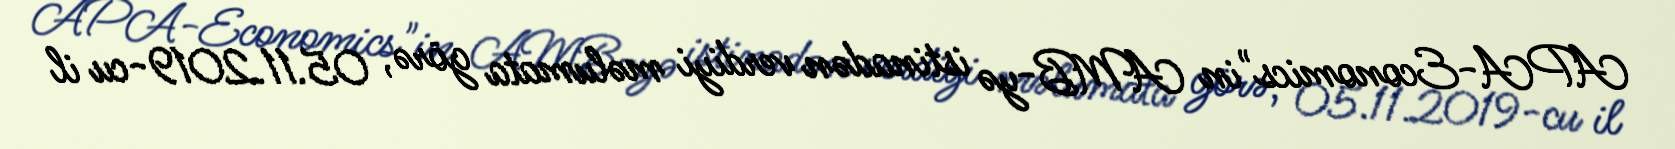
APA-Economics"in AMB-yə istinadən verdiyi məlumata görə, 05.11.2019-cu il